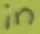
Text: in